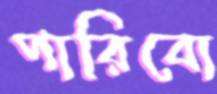
পারিবো